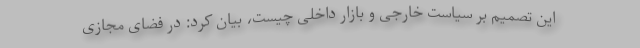
این تصمیم بر سیاست خارجی و بازار داخلی چیست، بیان کرد: در فضای مجازی